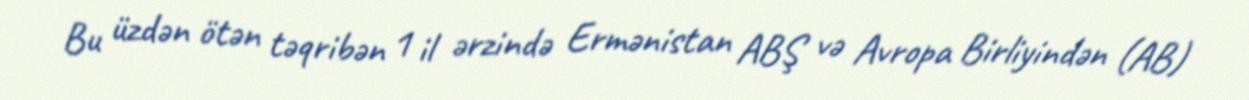
Bu üzdən ötən təqribən 1 il ərzində Ermənistan ABŞ və Avropa Birliyindən (AB)